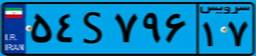
۵۴S۷۹۶۱۷